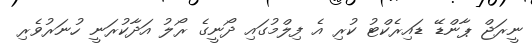
ނީރަޖް ޕާންޑޭ ޑައިރެކްޓު ކުރި އެ ފިލްމުގައި ދޯނީގެ ރޯލު އަދާކުރަނީ ހުނަރުވެރި